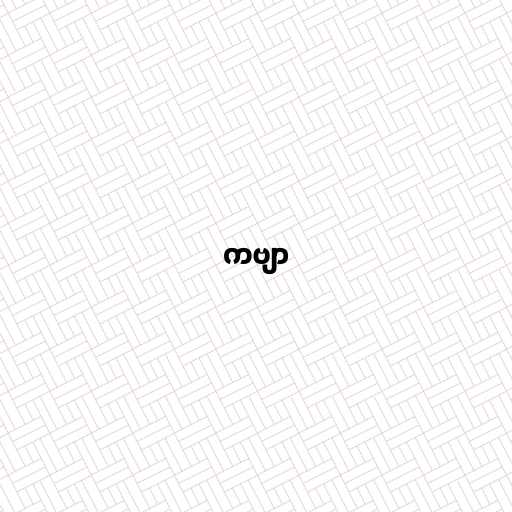
ကဗျာ